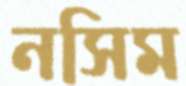
নসিম